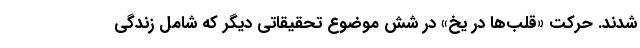
شدند. حرکت «قلب‌ها در یخ» در شش موضوع تحقیقاتی دیگر که شامل زندگی